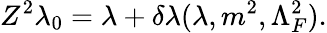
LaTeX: Z^{2}\lambda_{0}=\lambda+\delta\lambda(\lambda,m^{2},\Lambda_{F}^{2}).